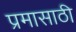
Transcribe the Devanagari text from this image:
प्रमासाठी